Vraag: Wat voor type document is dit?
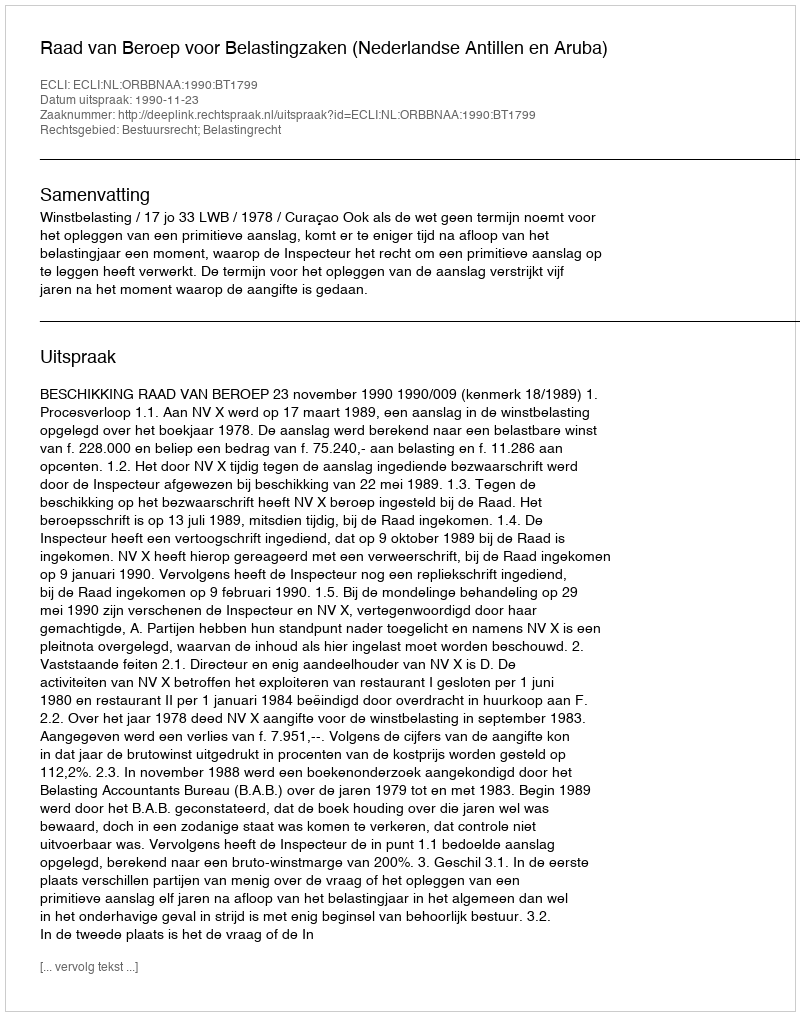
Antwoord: Uitspraak